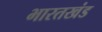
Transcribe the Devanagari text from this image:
भारतखंड